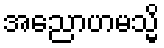
အညောဟမသ္မိ